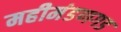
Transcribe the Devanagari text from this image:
महीमंडणगड